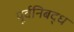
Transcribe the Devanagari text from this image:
पूर्वनिबद्ध